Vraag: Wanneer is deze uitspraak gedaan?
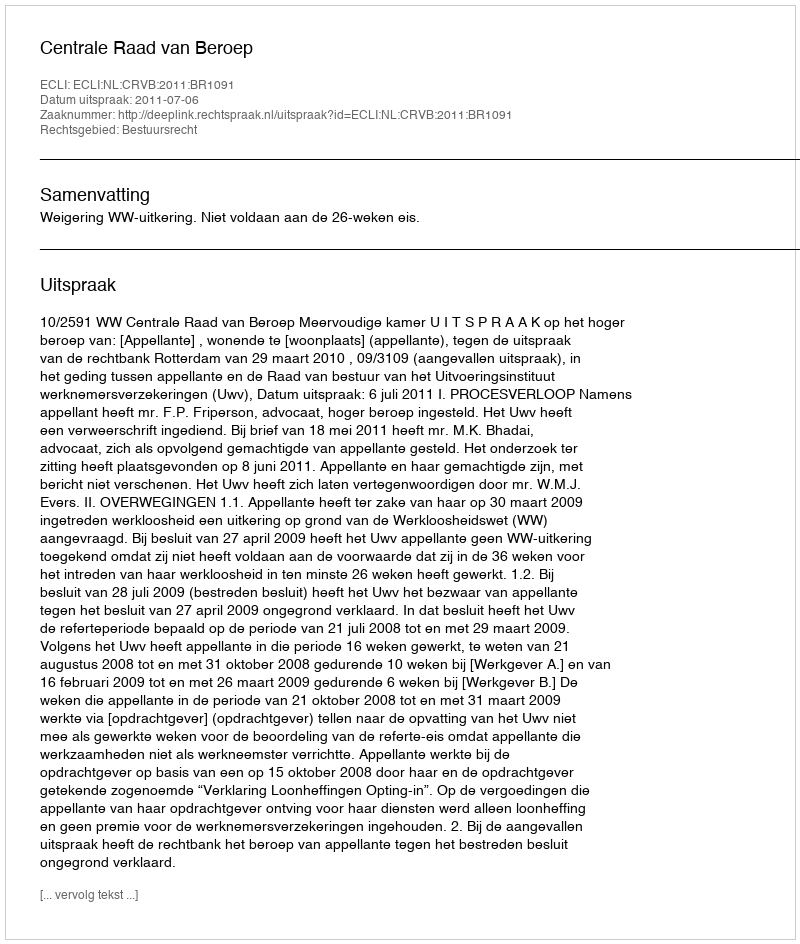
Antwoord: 2011-07-06